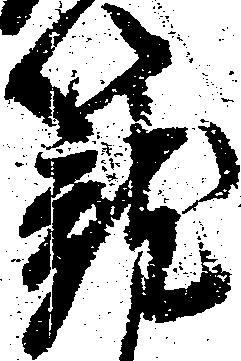
籠